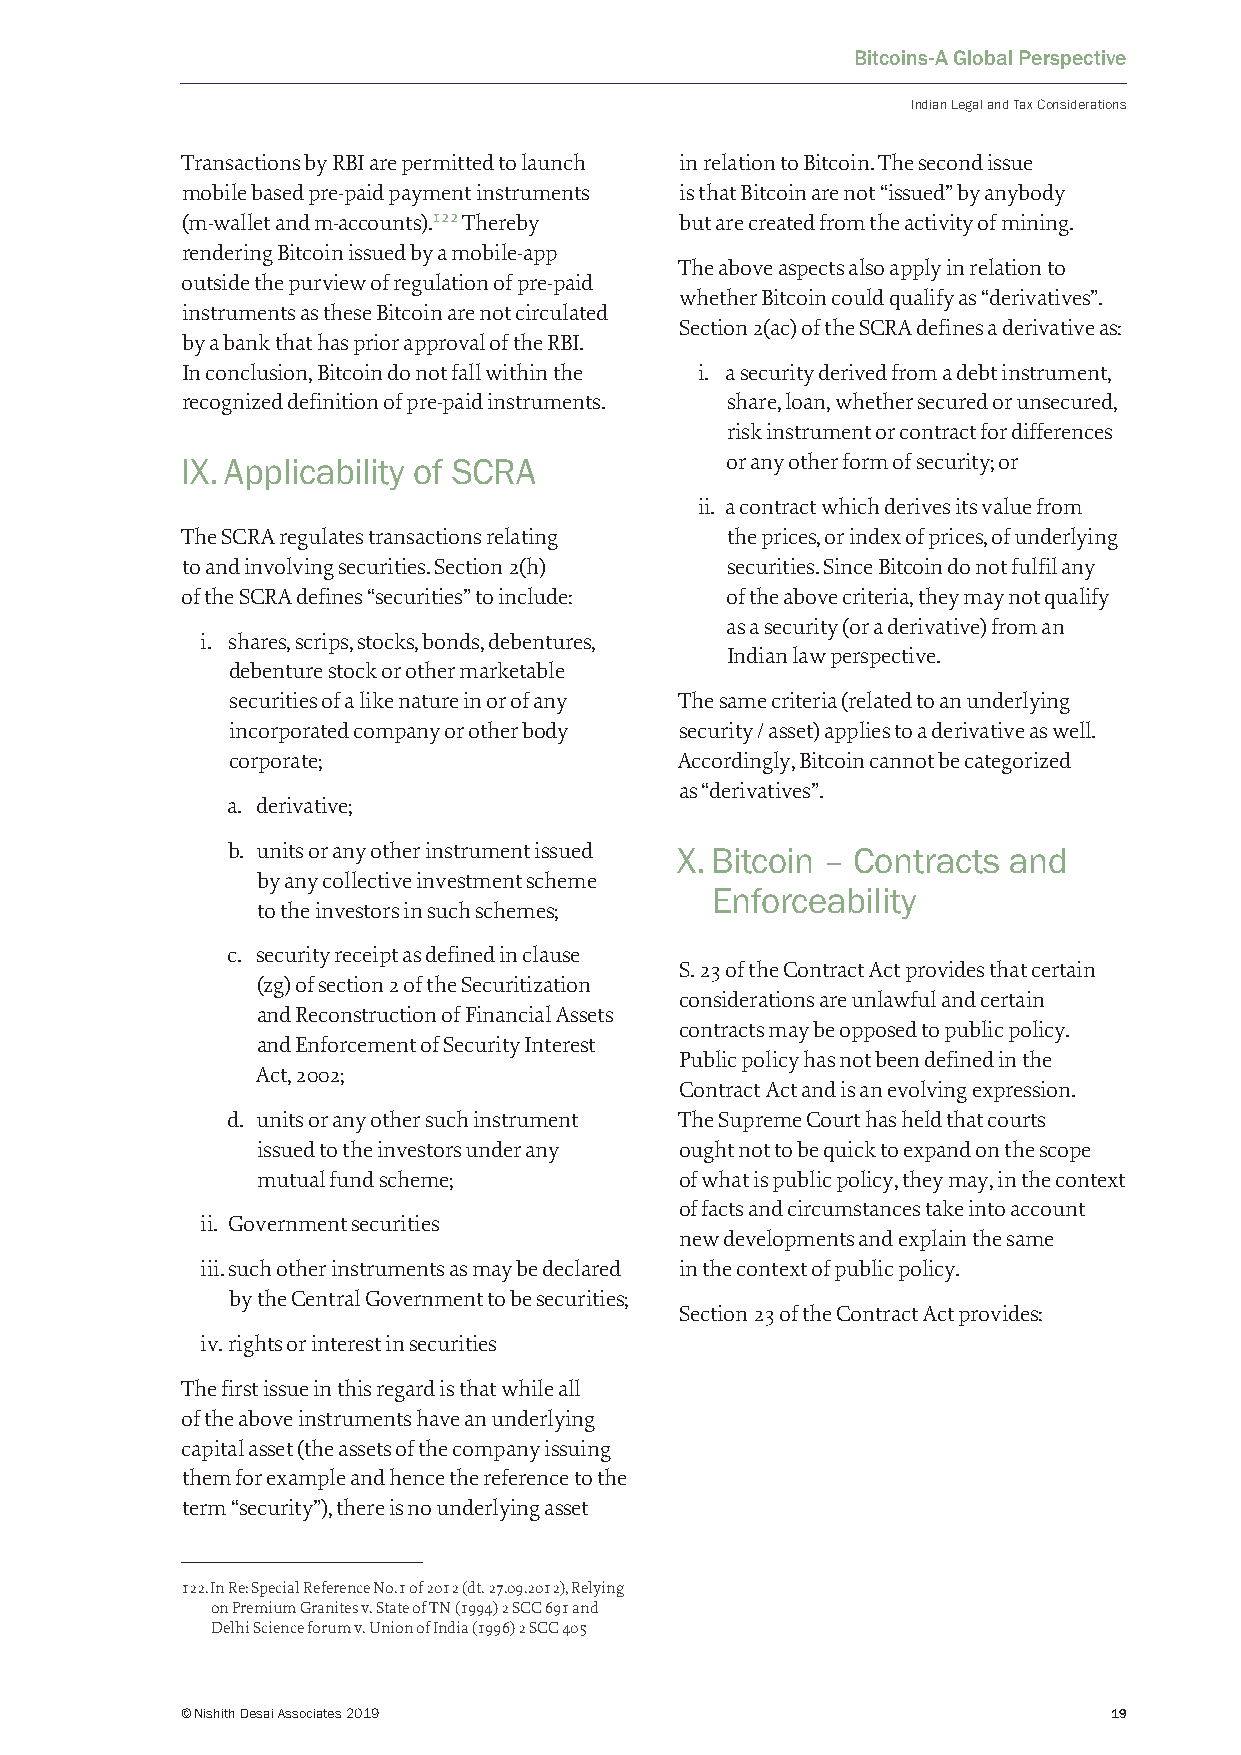
Bitcoins-A Global Perspective
 Indian Legal and Tax Considerations
 Transactions by RBI are permitted to launch in relation to Bitcoin. The second issue
 mobile based pre-paid payment instruments is that Bitcoin are not “issued” by anybody
 (m-wallet and m-accounts).122 Thereby but are created from the activity of mining.
 rendering Bitcoin issued by a mobile-app
 The above aspects also apply in relation to
 outside the purview of regulation of pre-paid
 whether Bitcoin could qualify as “derivatives”.
 instruments as these Bitcoin are not circulated
 Section 2(ac) of the SCRA defines a derivative as:
 by a bank that has prior approval of the RBI.
 In conclusion, Bitcoin do not fall within the i. a security derived from a debt instrument,
 recognized definition of pre-paid instruments. share, loan, whether secured or unsecured,
 risk instrument or contract for differences
 IX. Applicability of SCRA           or any other form of security; or
 ii. a contract which derives its value from
 The SCRA regulates transactions relating the prices, or index of prices, of underlying
 to and involving securities. Section 2(h) securities. Since Bitcoin do not fulfil any
 of the SCRA defines “securities” to include: of the above criteria, they may not qualify
 as a security (or a derivative) from an
 i. shares, scrips, stocks, bonds, debentures,
 Indian law perspective.
 debenture stock or other marketable
 securities of a like nature in or of any The same criteria (related to an underlying
 incorporated company or other body security / asset) applies to a derivative as well.
 corporate;                    Accordingly, Bitcoin cannot be categorized
 as “derivatives”.
 a. derivative;
 b. units or any other instrument issued X. Bitcoin – Contracts and
 by any collective investment scheme
 Enforceability
 to the investors in such schemes;
 c. security receipt as defined in clause
 S. 23 of the Contract Act provides that certain
 (zg) of section 2 of the Securitization
 considerations are unlawful and certain
 and Reconstruction of Financial Assets
 contracts may be opposed to public policy.
 and Enforcement of Security Interest
 Public policy has not been defined in the
 Act, 2002;
 Contract Act and is an evolving expression.
 d. units or any other such instrument The Supreme Court has held that courts
 issued to the investors under any ought not to be quick to expand on the scope
 mutual fund scheme;         of what is public policy, they may, in the context
 of facts and circumstances take into account
 ii. Government securities
 new developments and explain the same
 iii. such other instruments as may be declared in the context of public policy.
 by the Central Government to be securities;
 Section 23 of the Contract Act provides:
 iv. rights or interest in securities
 The first issue in this regard is that while all
 of the above instruments have an underlying
 capital asset (the assets of the company issuing
 them for example and hence the reference to the
 term “security”), there is no underlying asset
 122. In Re: Special Reference No.1 of 2012 (dt. 27.09.2012), Relying
 on Premium Granites v. State of TN (1994) 2 SCC 691 and
 Delhi Science forum v. Union of India (1996) 2 SCC 405
 © Nishith Desai Associates 2019                               19